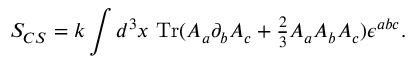
S _ { C S } = k \int d ^ { 3 } x \ \mathrm { T r } ( A _ { a } \partial _ { b } A _ { c } + { \textstyle { \frac { 2 } { 3 } } } A _ { a } A _ { b } A _ { c } ) \epsilon ^ { a b c } .